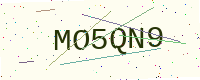
Text: MO5QN9